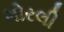
મોરલી